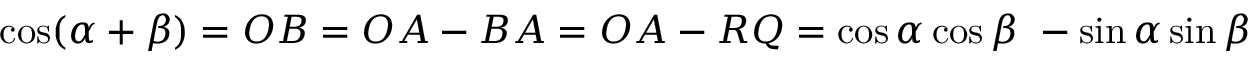
\cos ( \alpha + \beta ) = O B = O A - B A = O A - R Q = \cos \alpha \cos \beta \ - \sin \alpha \sin \beta